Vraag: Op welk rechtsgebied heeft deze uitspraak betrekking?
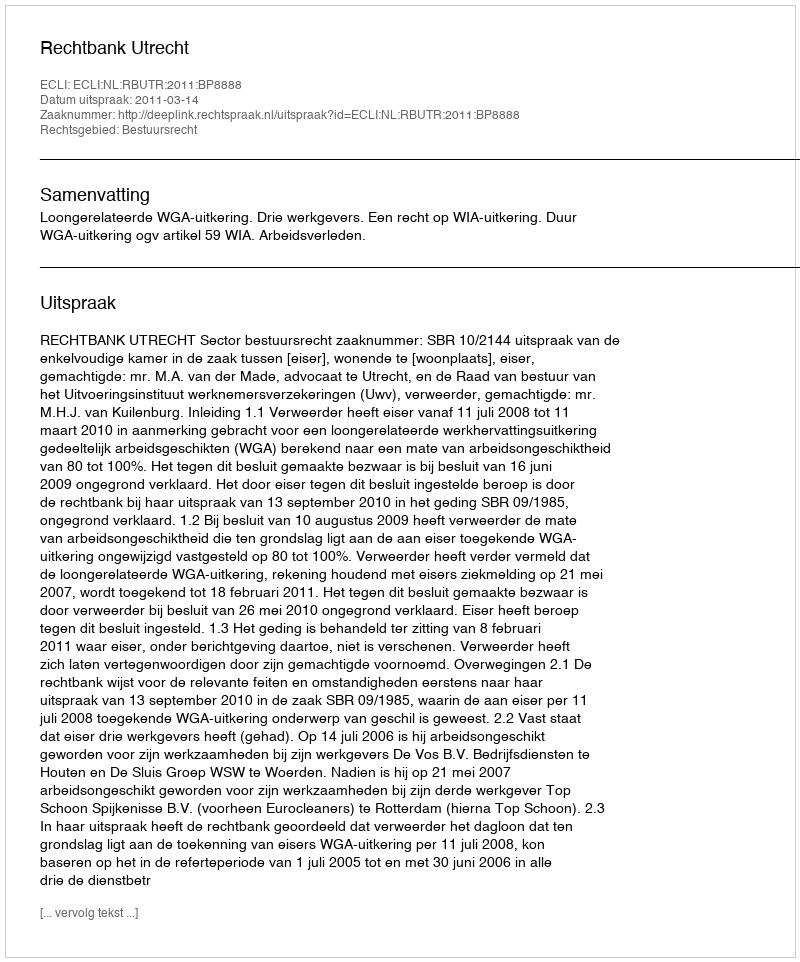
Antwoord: Bestuursrecht